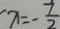
x = - \frac { 7 } { 2 }